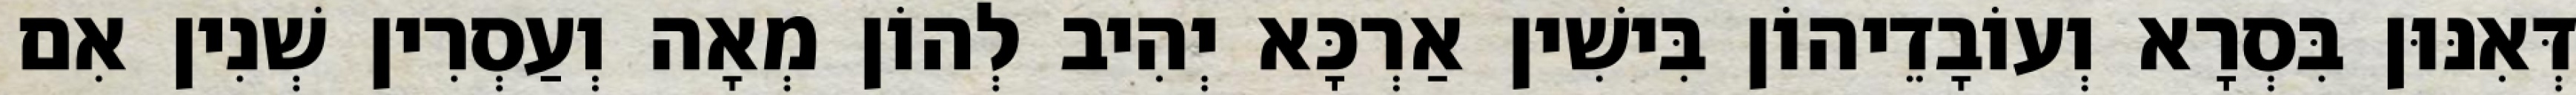
דְּאִנּוּן בִּסְרָא וְעוֹבָדֵיהוֹן בִּישִׁין אַרְכָּא יְהִיב לְהוֹן מְאָה וְעַסְרִין שְׁנִין אִם